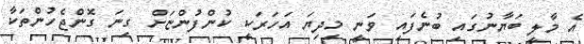
އެ މާލީ ބަޔާނުގައި ބުނެފައި ވަނީ މިދިޔަ އަހަރަކީ ކުންފުންޏަށް ގިނަ ގޮންޖެހުންތަކާ